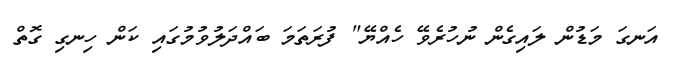
އަނގަ މަޑުން ލައިގެން ނުހުރެވޭ ހެއްޔޭ" ފުރަތަމަ ބައްދަލުވުމުގައި ކަން ހިނގި ގޮތް